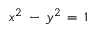
\scriptstyle x ^ { 2 } \ - \ y ^ { 2 } \ = \ 1